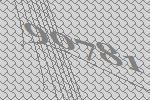
90781